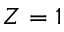
Z = 1